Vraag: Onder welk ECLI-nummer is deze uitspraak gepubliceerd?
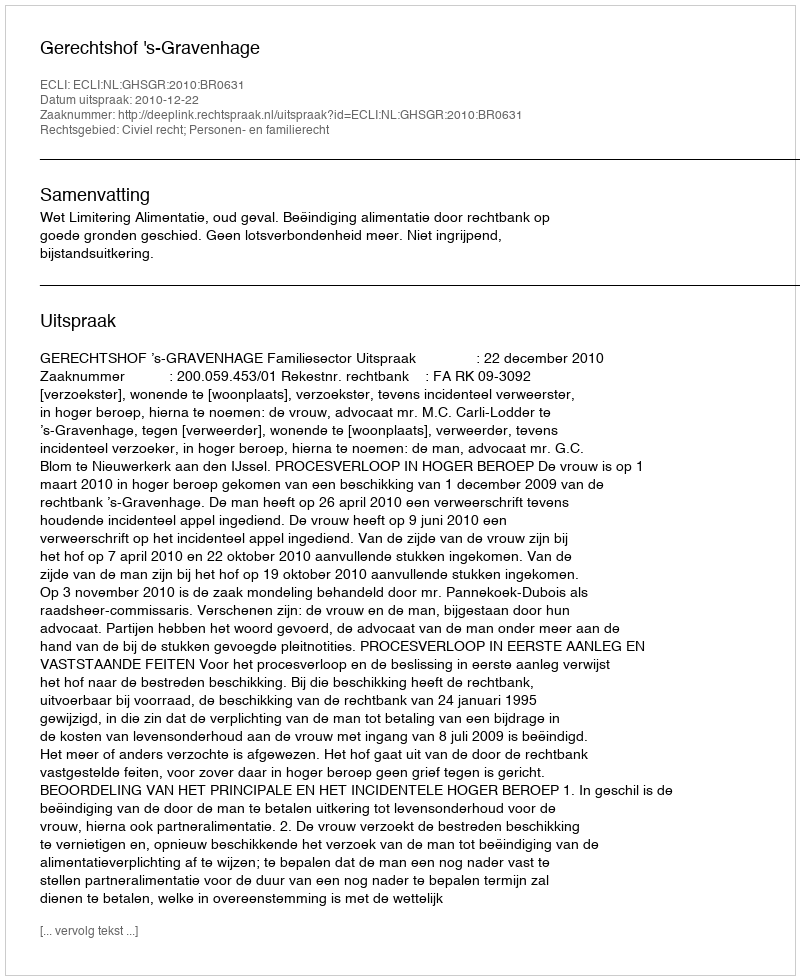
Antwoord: ECLI:NL:GHSGR:2010:BR0631